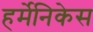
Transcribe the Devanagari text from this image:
हर्मेनिकेस